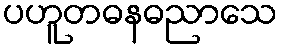
ပဟူတဓနဓညာသေ